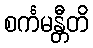
စင်္ကမန္တီတိ